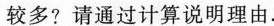
较多?请通过计算说明理由.